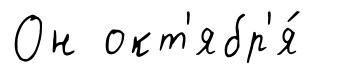
Он окт'ябр'я́